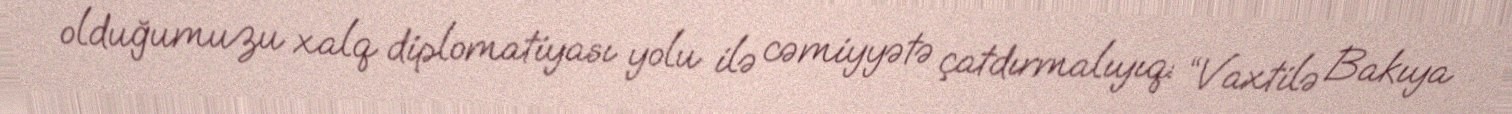
olduğumuzu xalq diplomatiyası yolu ilə cəmiyyətə çatdırmalıyıq: “Vaxtilə Bakıya